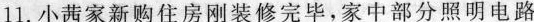
11.小茜家新购住房刚装修完毕，家中部分照明电路